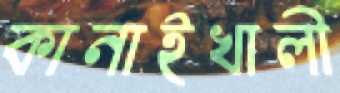
কানাইখালী